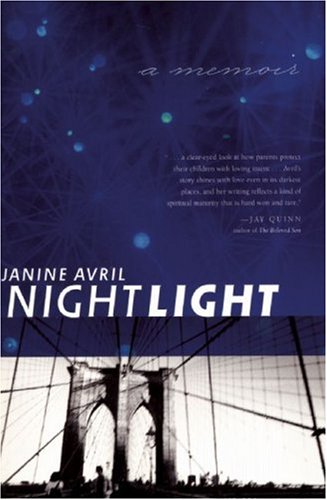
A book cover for Nightlight: A Memoir; Janine Avril; Gay & Lesbian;